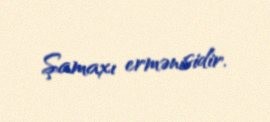
Şamaxı ermənisidir.